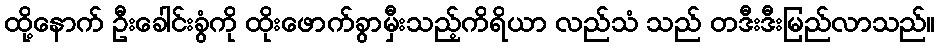
ထို့နောက် ဦးခေါင်းခွံကို ထိုးဖောက်ခွာမှီးသည့်ကိရိယာ လည်သံ သည် တဒီးဒီးမြည်လာသည်။